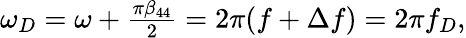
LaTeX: \begin{array}{r}{\omega_{D}=\omega+\frac{\pi\beta_{44}}{2}=2\pi(f+\Delta f)=2\pi f_{D},}\end{array}